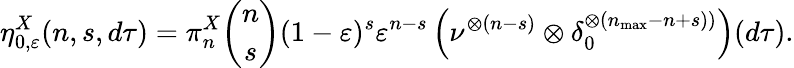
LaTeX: \eta_{0,\varepsilon}^{X}(n,s,d\tau)=\pi_{n}^{X}\binom{n}{s}(1-\varepsilon)^{s}\varepsilon^{n-s}\left(\nu^{\otimes(n-s)}\otimes\delta_{0}^{\otimes\left(n_{\operatorname*{max}}-n+s)\right)}\right)(d\tau).